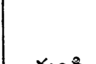
.